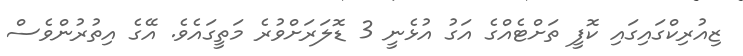
ޒިއުރިކްގައިގައި ކޮފީ ތަށްޓެއްގެ އަގު އުޅެނީ 3 ޑޮލަރަށްވުރެ މަތީގައެވެ. އޭގެ އިތުރުންވެސް